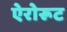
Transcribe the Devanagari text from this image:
ऐरोरूट